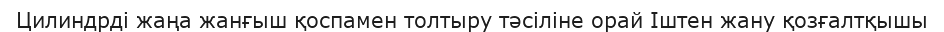
Цилиндрді жаңа жанғыш қоспамен толтыру тәсіліне орай Іштен жану қозғалтқышы